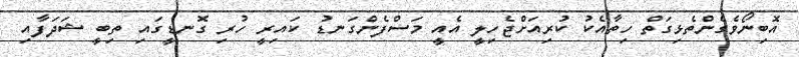
އޮބިނޯވެގެންތެޅިގަތް ހިތާއެކު ކުރިއަށްޖެހިލީ އެއީ މަސްފެންގަނޑު ކައިރީ ހުރި ގޮނޑީގައި ތިބީ ޝަދަފާއި